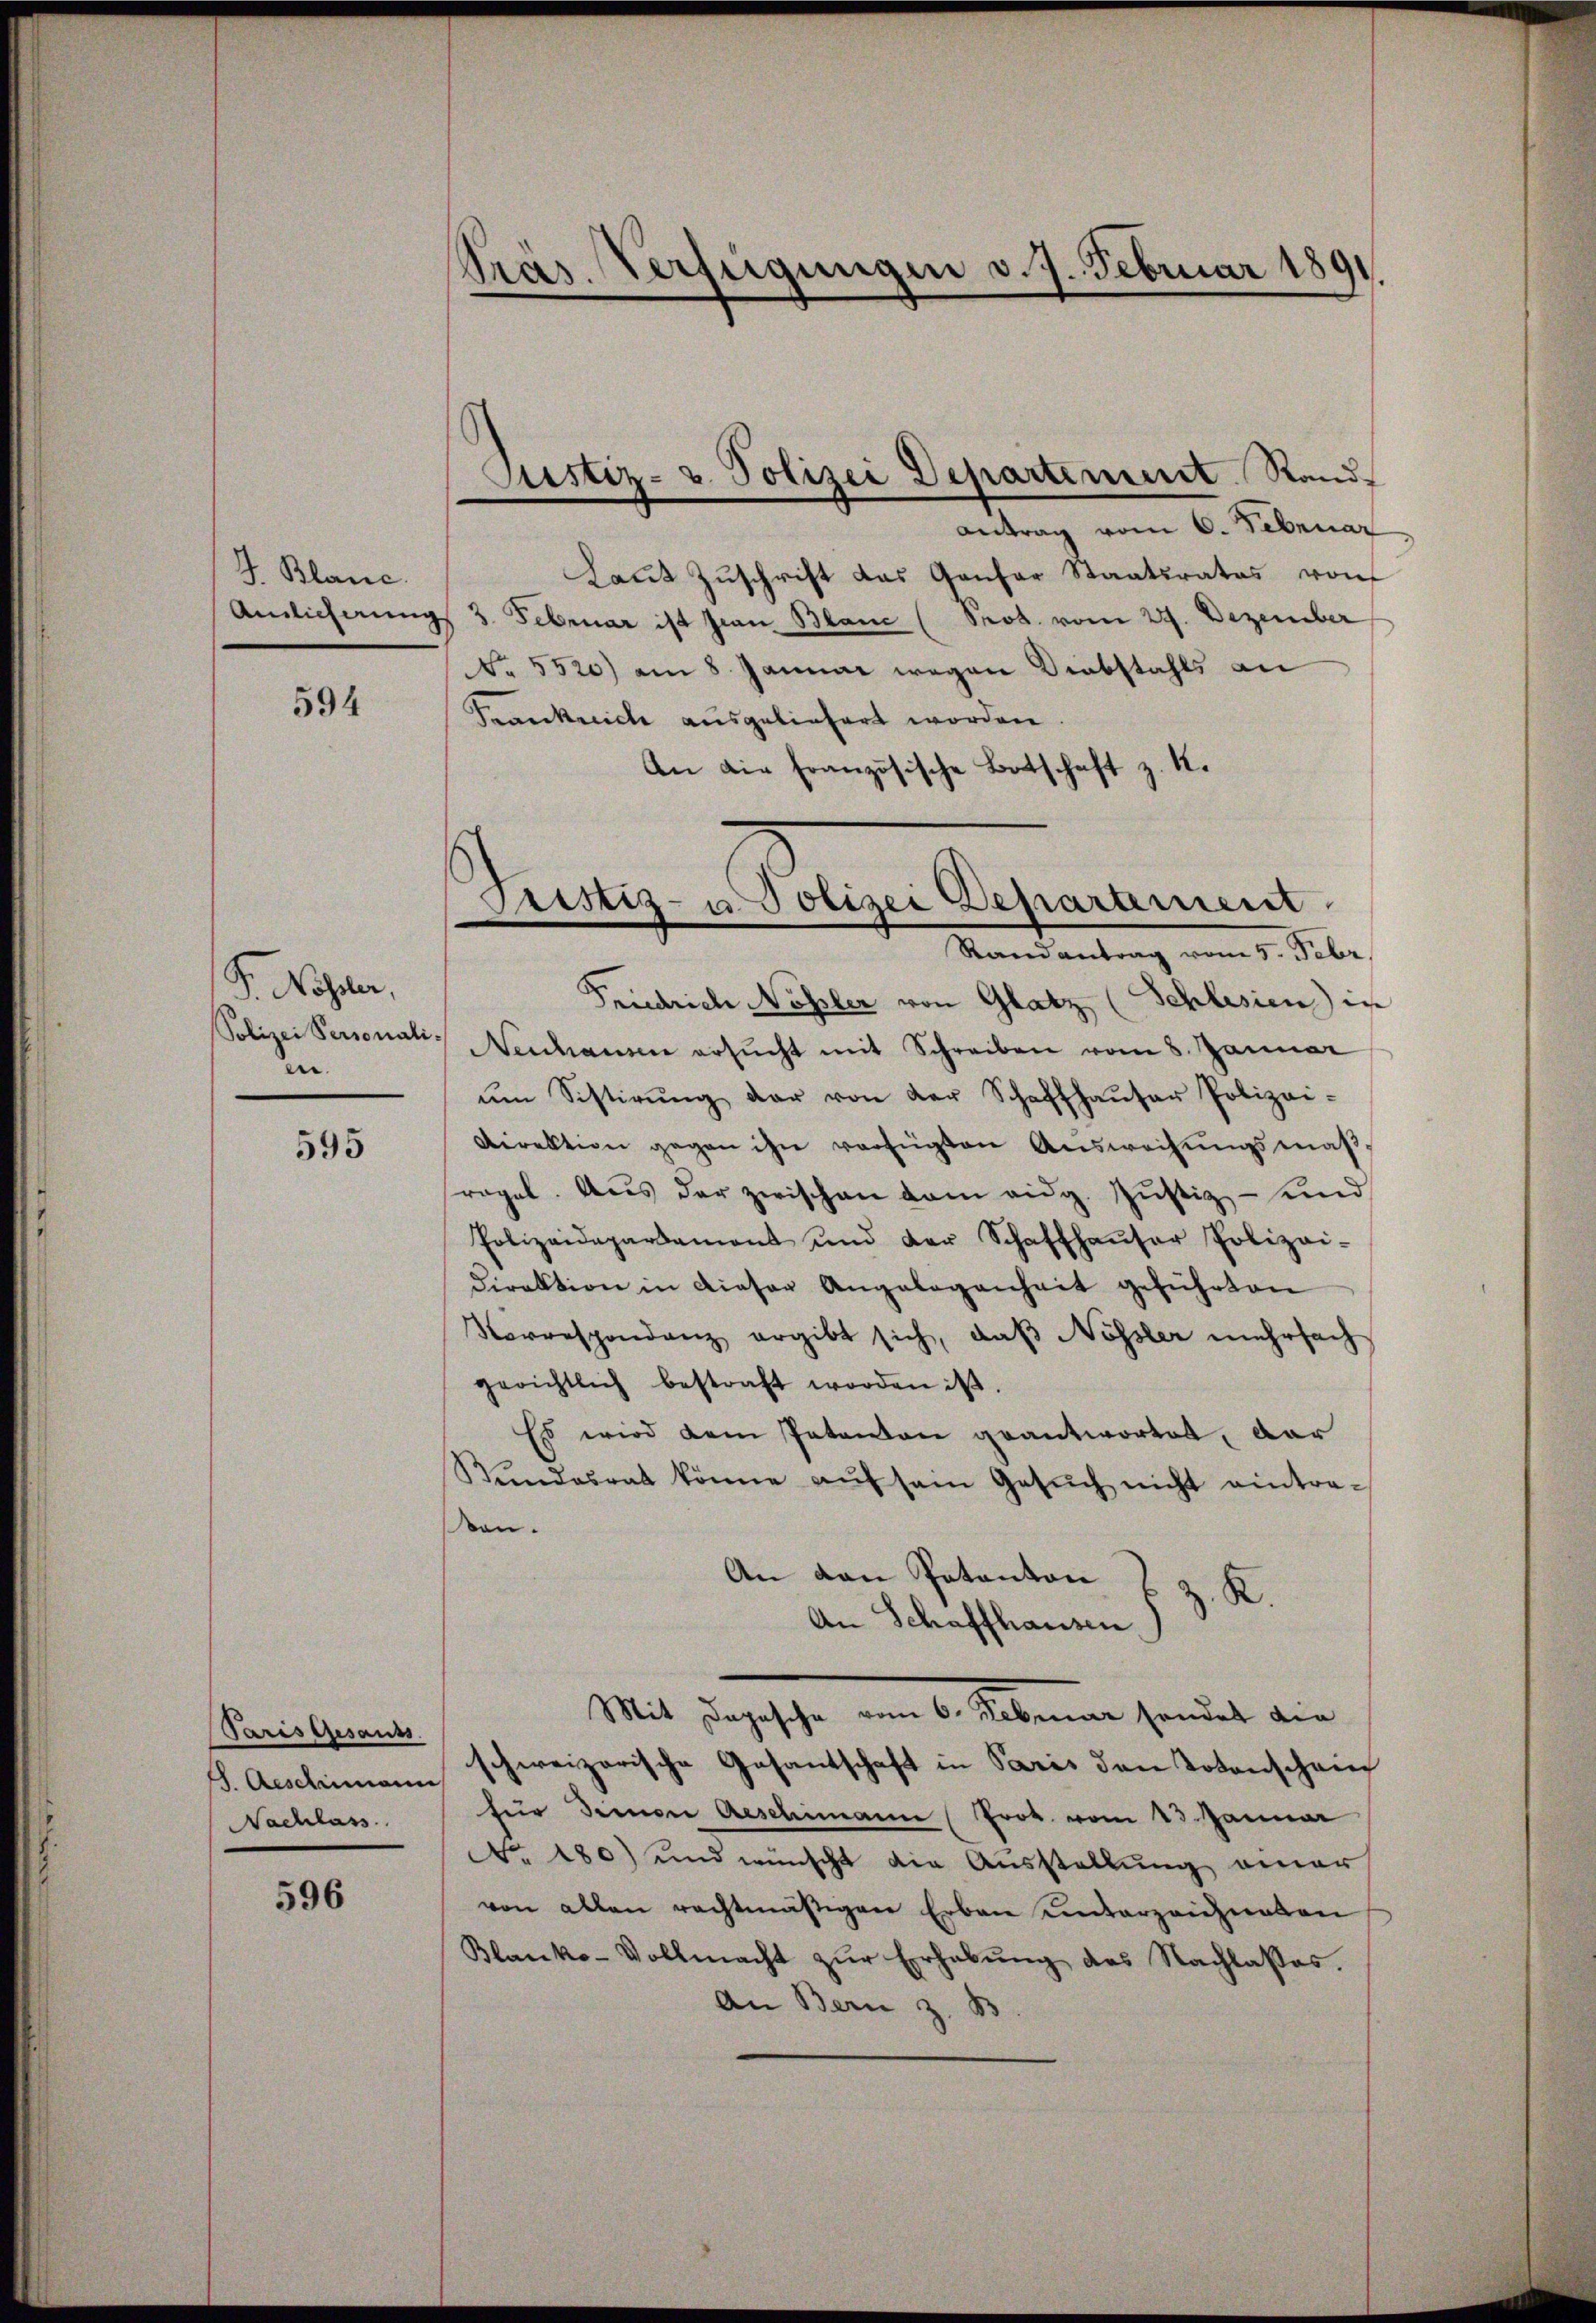
J. Blanc

594

P. Nohler,
Polizei Personali.
n

595

Pariseresauss
Nachlass

596

Präs. Verfügungen v. J. Februar 1891

Antrag vom 6. Februar
Laŭt Zŭschrift das Gantar Staatsrates von
Amlicherung 3. Februar ist sian Blanc (Prot. vom 27. Dezember
No. 5520) am 8. Januar wegen Diebstahls an
Franckreiche ausgeliefert worden
An die französische Botschaft z. K.

Justiz- & Polizei Departement Rand

Friedrich Nossler von Glatz (Schlesien) in
Neuhausen ersŭcht mit Schreiben vom 8. Januar
ŭm Sistirŭng der von der Schaffhaŭser Polizei-
Direktion gegen ihn verfügten Ausweisungsmaßfragel. Aus der zwischen dem ang. Justiz- und
Polizeidepartament und der Schaffhaŭser Polizei-
Direktion in dieser Angelegenheit geführten
Korrespondenz ergibt sich, daß Nössler mehrfach
gerichtlich bestraft worden ist.
Es wird dem Patenten geantwortet, dar
Kŭndesrat könne aŭf sein Gesŭch nicht eintra-
ten.
An den Patanton
z. R.
An Schaffhausen)
Mit dargesche am 6. Sinnen, sondet die
S. Aeschimann schweizerische Gesantschaft in Paris den Totenschein
für Deinen Aeschimann (Prok. vom 13 Jänner
Nro 180) und wünscht die Ausstellung einer
von allen rechtmäßigen Erben unterzeichneten
Blanko-Vollmacht zŭr Erhabŭng des Nachlasses.
An Bern z. B

Fristiz- u. Polizei Deparament
Randantrag vom 5. Febr.